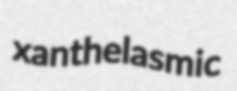
xanthelasmic